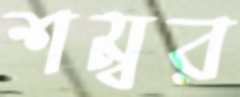
শম্বর